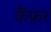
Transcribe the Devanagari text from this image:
कैंफ़र